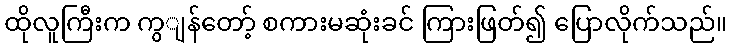
ထိုလူကြီးက ကွျန်တော့် စကားမဆုံးခင် ကြားဖြတ်၍ ပြောလိုက်သည်။